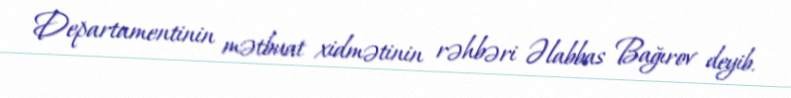
Departamentinin mətbuat xidmətinin rəhbəri Əlabbas Bağırov deyib.